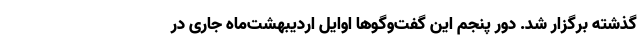
گذشته برگزار شد. دور پنجم این گفت‌و‌گوها اوایل اردیبهشت‌ماه جاری در